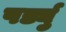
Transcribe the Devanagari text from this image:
पर्ड्यु